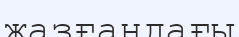
жазғандағы